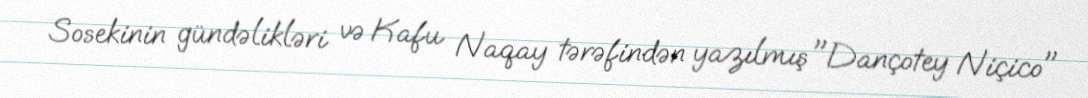
Sosekinin gündəlikləri və Kafu Naqay tərəfindən yazılmış "Dançotey Niçico"